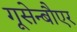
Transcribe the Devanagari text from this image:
गूसेन्बौएर